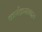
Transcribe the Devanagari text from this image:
कार्यक्रमाबद्दल